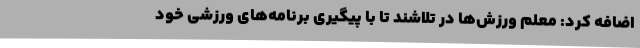
اضافه کرد: معلم ورزش‌ها در تلاشند تا با پیگیری برنامه‌های ورزشی خود